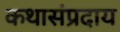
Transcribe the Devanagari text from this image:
कथासंप्रदाय